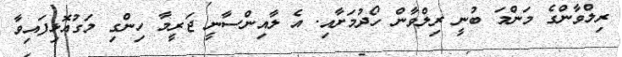
ރިލްވާންގެ މަންމަ ބުނީ ރިލްވާން ހޯދުމަށާއި. އެ ލާއިންސާނީ ޖަރީމާ ހިންގި މަގުއޮޅިފައިވާ